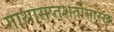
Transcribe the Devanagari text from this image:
गाथासप्तशतीसारखे